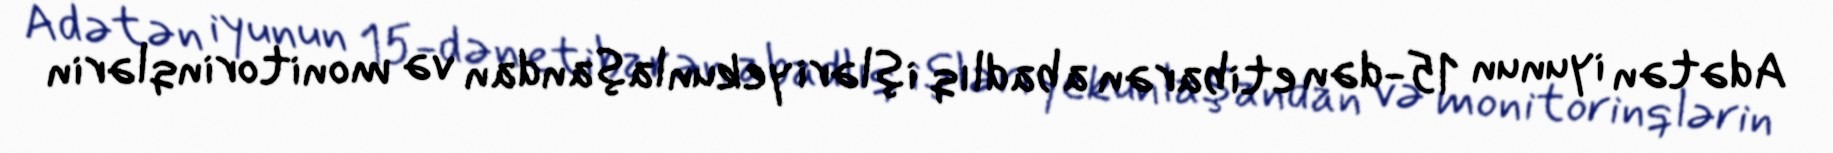
Adətən iyunun 15-dən etibarən abadlıq işləri yekunlaşandan və monitorinqlərin